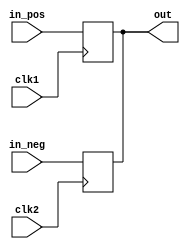
/*
Complex latch with 2 clock inputs.

Authors: Vladimir Dubikhin.
*/

module c_latch(in_pos, in_neg, clk1, clk2, out);
    input in_pos, in_neg, clk1, clk2;
    output reg out = 0;
    
    always @(posedge clk1)
        out <= in_pos;
    
    always @(negedge clk2)
        out <= in_neg;
    
endmodule